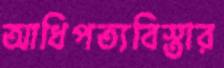
আধিপত্যবিস্তার